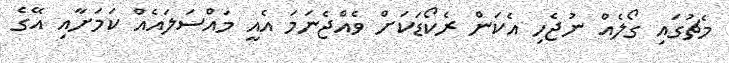
މެޗުގައި ގޯލެއް ނުޖެހި އެކަން ރެކޯޑަކަށް ވެއްޖެނަމަ އެއީ މައްސަލައެއް ކަމަށާއި އޭގެ